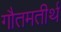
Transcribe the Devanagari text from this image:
गौतमतीर्थ